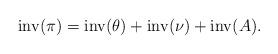
LaTeX: \begin{align*}\operatorname{inv}(\pi)=\operatorname{inv}(\theta)+\operatorname{inv}(\nu)+\operatorname{inv}(A).\end{align*}